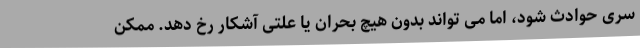
سری حوادث شود، اما می تواند بدون هیچ بحران یا علتی آشکار رخ دهد. ممکن